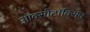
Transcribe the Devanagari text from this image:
ऑक्सीटॉक्सिन